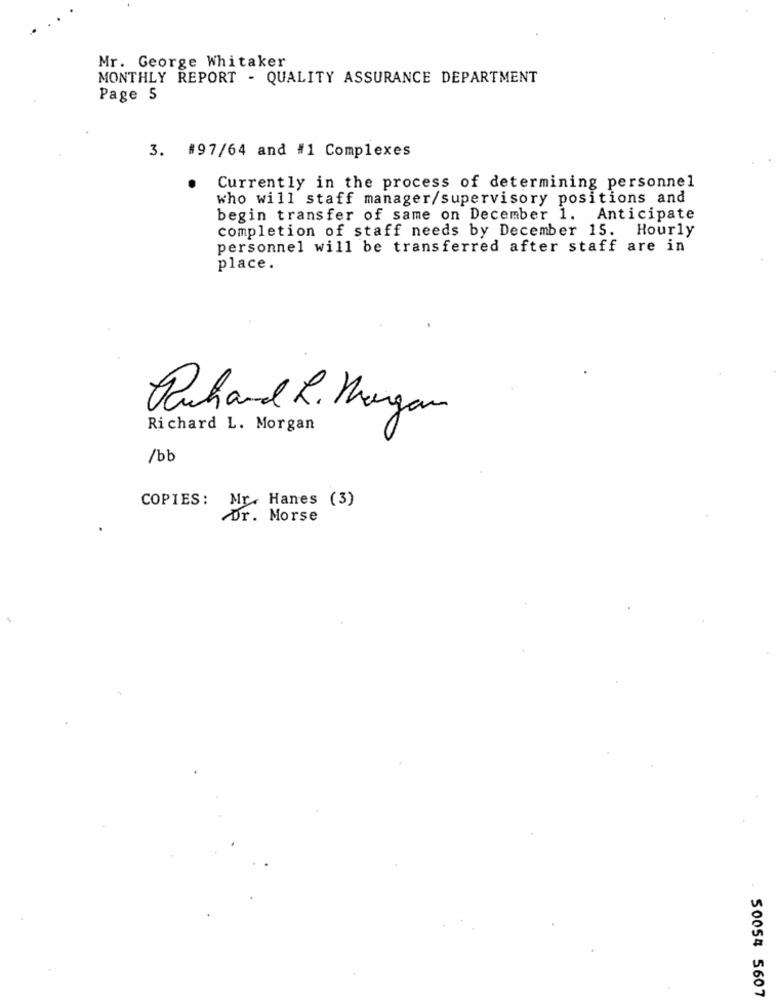
Mr. George Whitaker
MONTHLY REPORT - QUALITY ASSURANCE DEPARTMENT
Page 5
3. #97/64 and #1 Complexes
.
Currently in the process of determining personnel
who will staff manager/supervisory positions and
begin transfer of same on December 1. Anticipate
completion of staff needs by December 15. Hourly
personnel will be transferred after staff are in
place.
Ruhand R. Morgan
Richard L. Morgan
/bb
COPIES: Mr. Hanes (3)
Dr. Morse
50054 5607